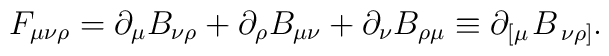
F_{\mu \nu \rho }=\partial _\mu B_{\nu \rho }+\partial _\rho B_{\mu\nu }+\partial _\nu B_{\rho \mu }\equiv \partial _{\left[ \mu \right.}B_{\left. \nu \rho \right] }.